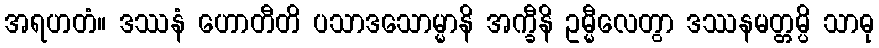
အရဟတံ။ ဒဿနံ ဟောတီတိ ပသာဒသောမ္မာနိ အက္ခီနိ ဥမ္မီလေတွာ ဒဿနမတ္တမ္ပိ သာဓု